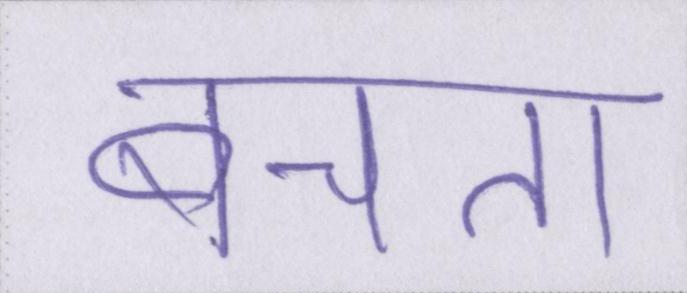
बचता